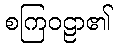
စကြဝဠာ၏